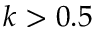
k > 0 . 5